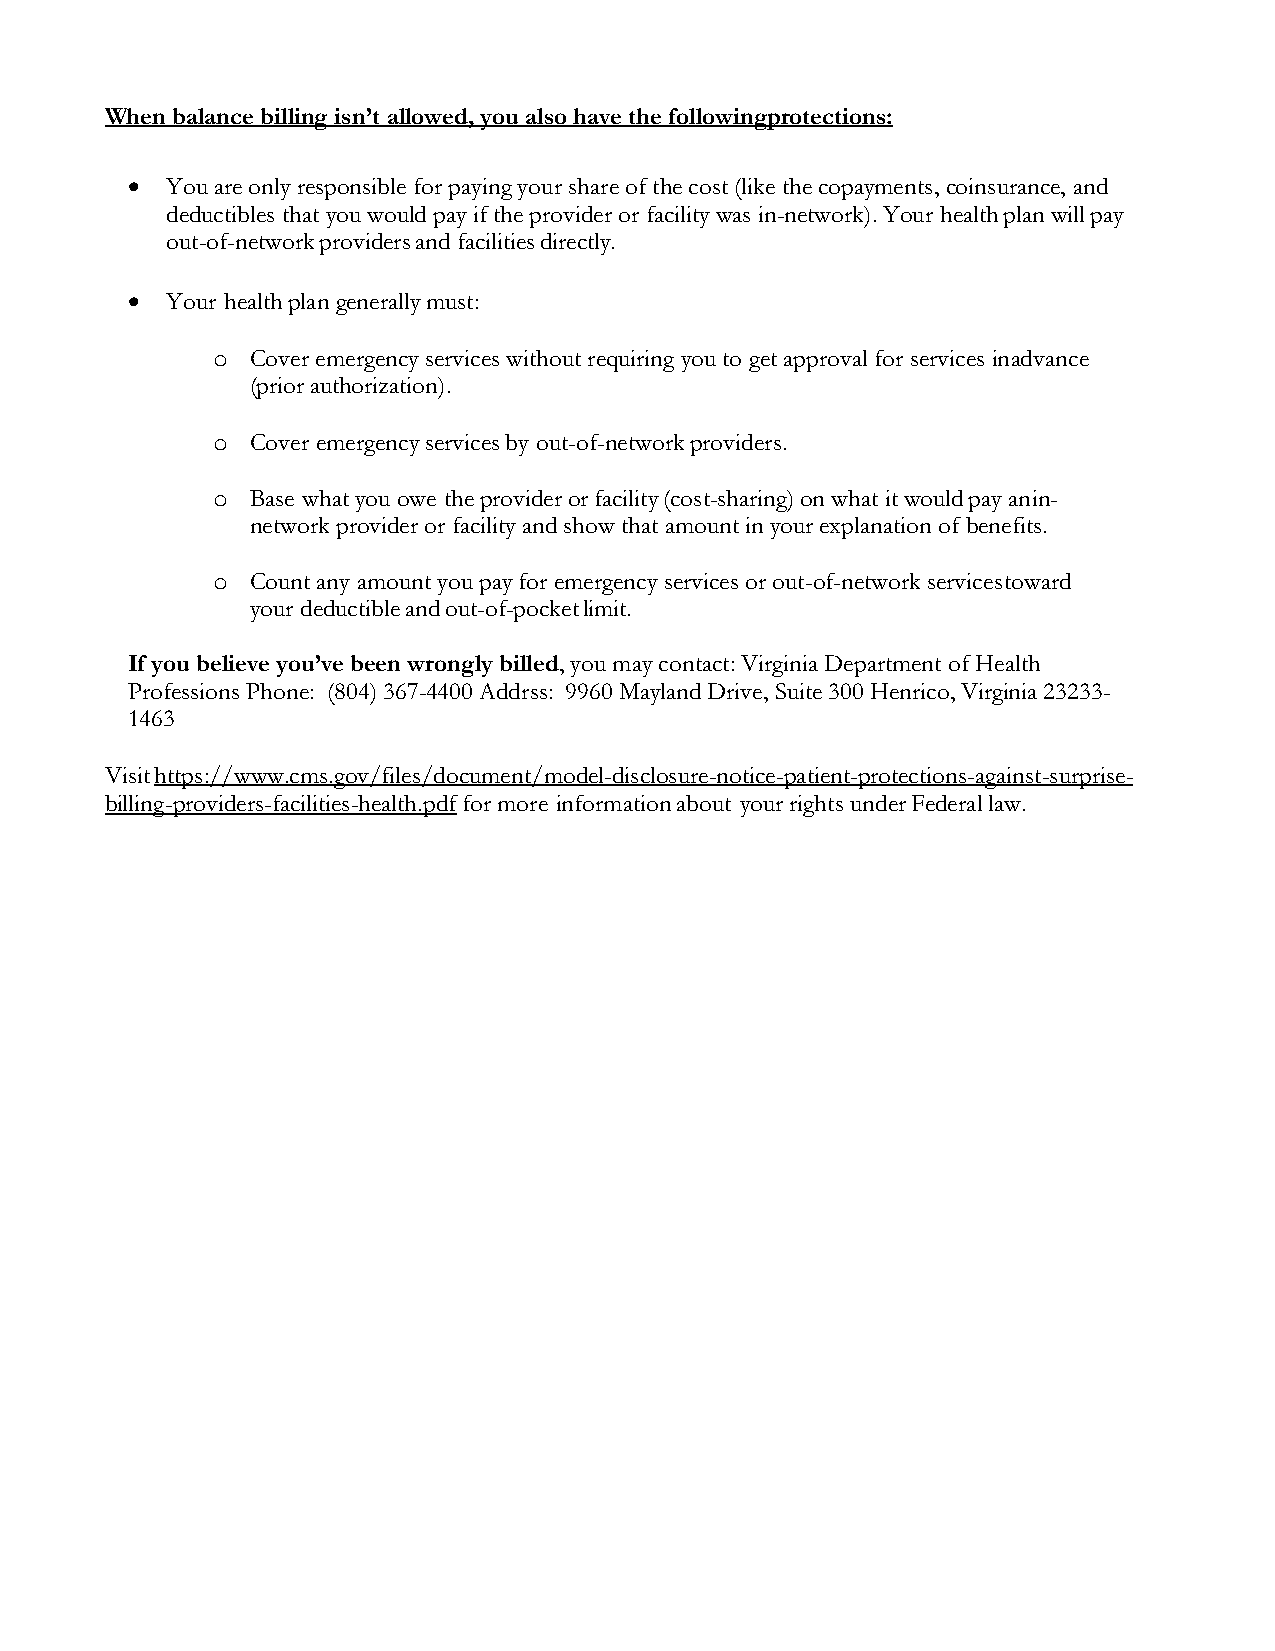
When balance billing isn’t allowed, you also have the following protections:
 •  You are only responsible for paying your share of the cost (like the copayments, coinsurance, and
 deductibles that you would pay if the provider or facility was in-network). Your health plan will pay
 out-of-network providers and facilities directly.
 •  Your health plan generally must:
 o  Cover emergency services without requiring you to get approval for services in advance
 (prior authorization).
 o  Cover emergency services by out-of-network providers.
 o  Base what you owe the provider or facility (cost-sharing) on what it would pay an in-
 network provider or facility and show that amount in your explanation of benefits.
 o  Count any amount you pay for emergency services or out-of-network services toward
 your deductible and out-of-pocket limit.
 If you believe you’ve been wrongly billed, you may contact: Virginia Department of Health
 Professions Phone: (804) 367-4400 Addrss: 9960 Mayland Drive, Suite 300 Henrico, Virginia 23233-
 1463
 Visit https://www.cms.gov/files/document/model-disclosure-notice-patient-protections-against-surprise-
 billing-providers-facilities-health.pdf for more information about your rights under Federal law.